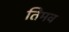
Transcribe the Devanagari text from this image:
तिमव